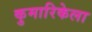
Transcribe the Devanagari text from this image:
कुमारिकेला